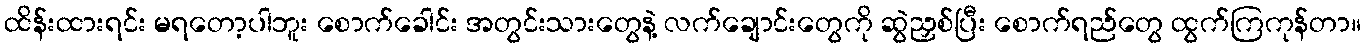
ထိန်းထားရင်း မရတော့ပါဘူး စောက်ခေါင်း အတွင်းသားတွေနဲ့ လက်ချောင်းတွေကို ဆွဲညှစ်ပြီး စောက်ရည်တွေ ထွက်ကြကုန်တာ။